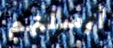
أرسلتهم